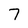
Character: 7